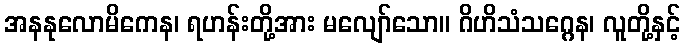
အနနုလောမိကေန၊ ရဟန်းတို့အား မလျော်သော။ ဂိဟိသံသဂ္ဂေန၊ လူတို့နှင့်